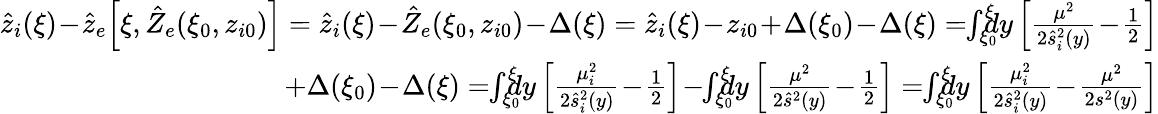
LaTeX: \begin{array}{r}{\hat{z}_{i}(\xi)\! -\! \hat{z}_{e}\! \left[\xi,\hat{Z}_{e}(\xi_{0},z_{i0})\right]=\hat{z}_{i}(\xi)\! -\! \hat{Z}_{e}(\xi_{0},z_{i0})\! -\! \Delta(\xi)=\hat{z}_{i}(\xi)\! -\! z_{i0}\! +\! \Delta(\xi_{0})\! -\! \Delta(\xi)=\! \! \int_{\xi_{0}}^{\xi}\! \! \! \! dy\left[\frac{\mu^{2}}{2\hat{s}_{i}^{2}(y)}\! -\! \frac 12\right]}\\ {+\Delta(\xi_{0})\! -\! \Delta(\xi)=\! \! \int_{\xi_{0}}^{\xi}\! \! \! \! dy\left[\frac{\mu_{i}^{2}}{2\hat{s}_{i}^{2}(y)}\! -\! \frac 12\right]\! -\! \! \int_{\xi_{0}}^{\xi}\! \! \! \! dy\left[\frac{\mu^{2}}{2\hat{s}^{2}(y)}\! -\! \frac 12\right]=\! \! \int_{\xi_{0}}^{\xi}\! \! \! \! dy\left[\frac{\mu_{i}^{2}}{2\hat{s}_{i}^{2}(y)}\! -\! \frac{\mu^{2}}{2s^{2}(y)}\right]}\end{array}